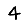
Digit: 4